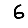
Digit: 6